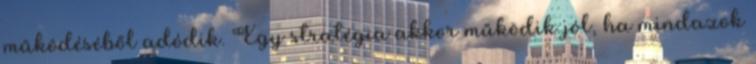
működéséből adódik. Egy stratégia akkor működik jól, ha mindazok